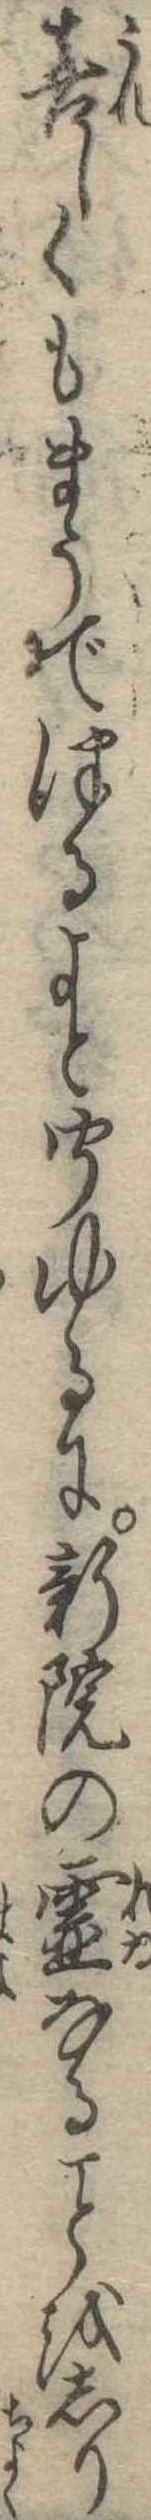
喜しくもまうでつるよと聞ゆるに新院の霊なるをしり